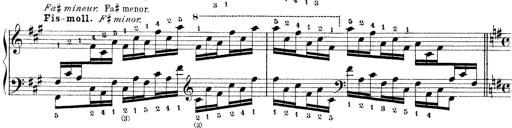
Title: Technische Studien
Composer: Franz Liszt